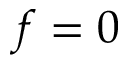
f = 0